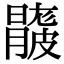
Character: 𥀦